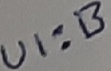
Text: UI:B